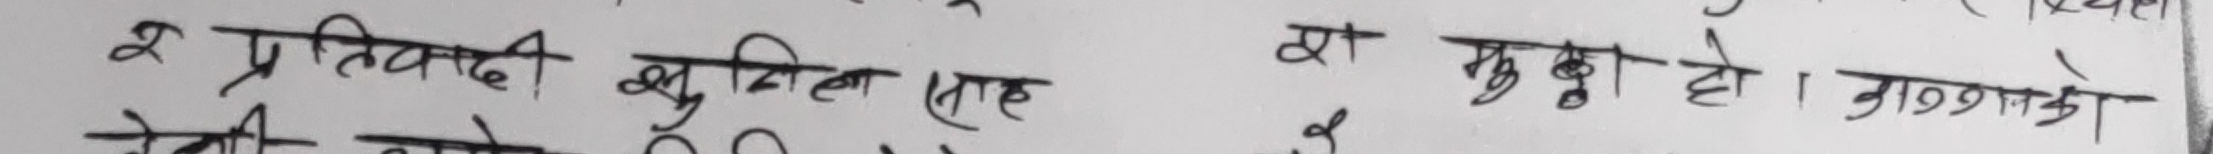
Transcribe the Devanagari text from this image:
२ प्रतिवादी खुनिरा शाह स मुद्धा हो, कारणको